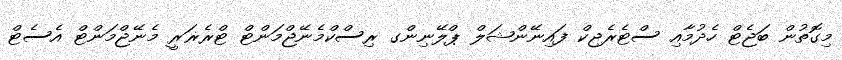
މިގޮތުން ބަޖެޓް ހެދުމާއި ސްޓެރެޖިކް ފައިނޭންޝަލް ޕްލޭނިންގ ރިސްކްމެނޭޖްމަންޓް ޓްރެޜަރީ މެނޭޖްމަންޓް އެސެޓް